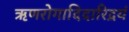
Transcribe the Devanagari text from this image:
ऋणरोगादिदारिद्रयं